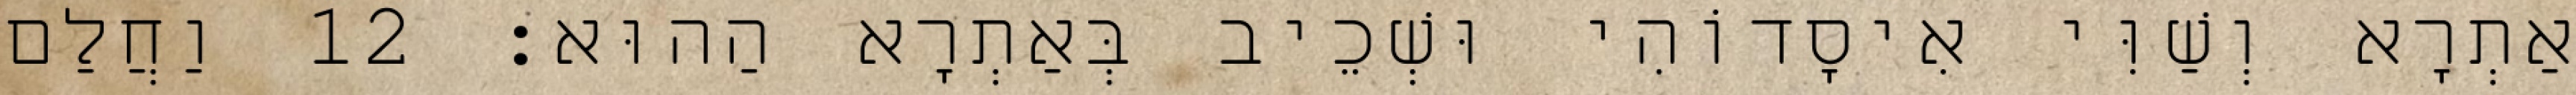
אַתְרָא וְשַׁוִּי אִיסָדוֹהִי וּשְׁכֵיב בְּאַתְרָא הַהוּא׃ 12 וַחֲלַם